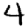
Digit: 4